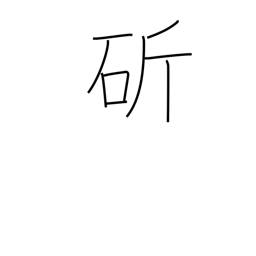
Meaning: cut with a sword